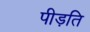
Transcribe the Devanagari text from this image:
पीड़ति